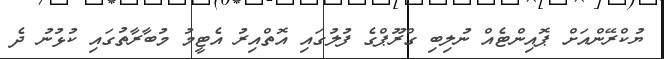
ޔުކްރޭންއަށް ޕޮއިންޓެއް ނުލިބި ގްރޫޕްގެ ފުލުގައި އޮތްއިރު އެޓީމު މުބާރާތުގައި ކުޅުނު ދެ